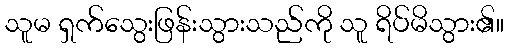
သူမ ရှက်သွေးဖြန်းသွားသည်ကို သူ ရိပ်မိသွား၏။